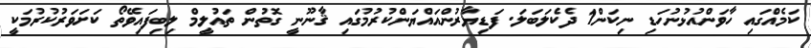
ކަމެއްގައި ހާވަންއުޅުނުހަޑި ނިކަނ1ް ދެކެލަބަލަ. ފަޑިޔާރުންއައްޔަންކުރުމުގައި ޤާނޫނީ ގޮތުން ތައުލީމް ލިބިފައިވޭތޯ ކަށަވަރުކުރުމަކީ